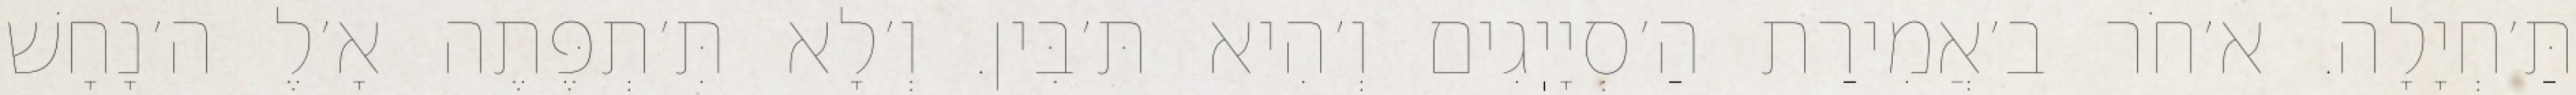
תַּ׳חְיָלָה. א׳חֹר ב׳אֲמִירַת הַ׳סְיָיֽגִים וְ׳הִיא תּ׳בִּין. וְ׳לָא תִּ׳תְפֶּתֶה אָ׳לֶ ה׳נָחָשׁ